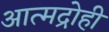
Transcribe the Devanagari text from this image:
आत्मद्रोही